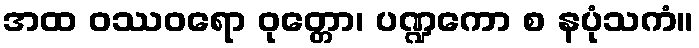
အထ ဝဿဝရော ဝုတ္တော၊ ပဏ္ဍကော စ နပုံသကံ။